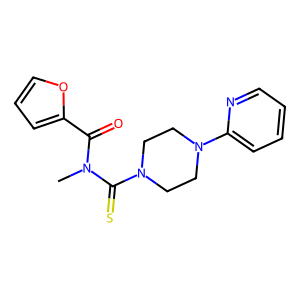
SMILES: CN(C(=O)c1ccco1)C(=S)N1CCN(c2ccccn2)CC1
Inhibits HIV replication: No